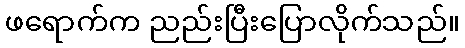
ဖရောက်က ညည်းပြီးပြောလိုက်သည်။